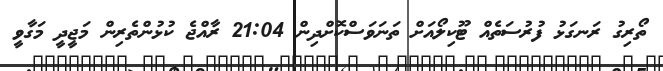
ތޯރިގު ރަނގަޅު ފުރުސަތެއް ޓޫކިލޯއަށް ތަނަވަސްކޮށްދިން 21:04 ރާއްޖެ ކުޅުންތެރިން މަޖީދީ މަގާވީ